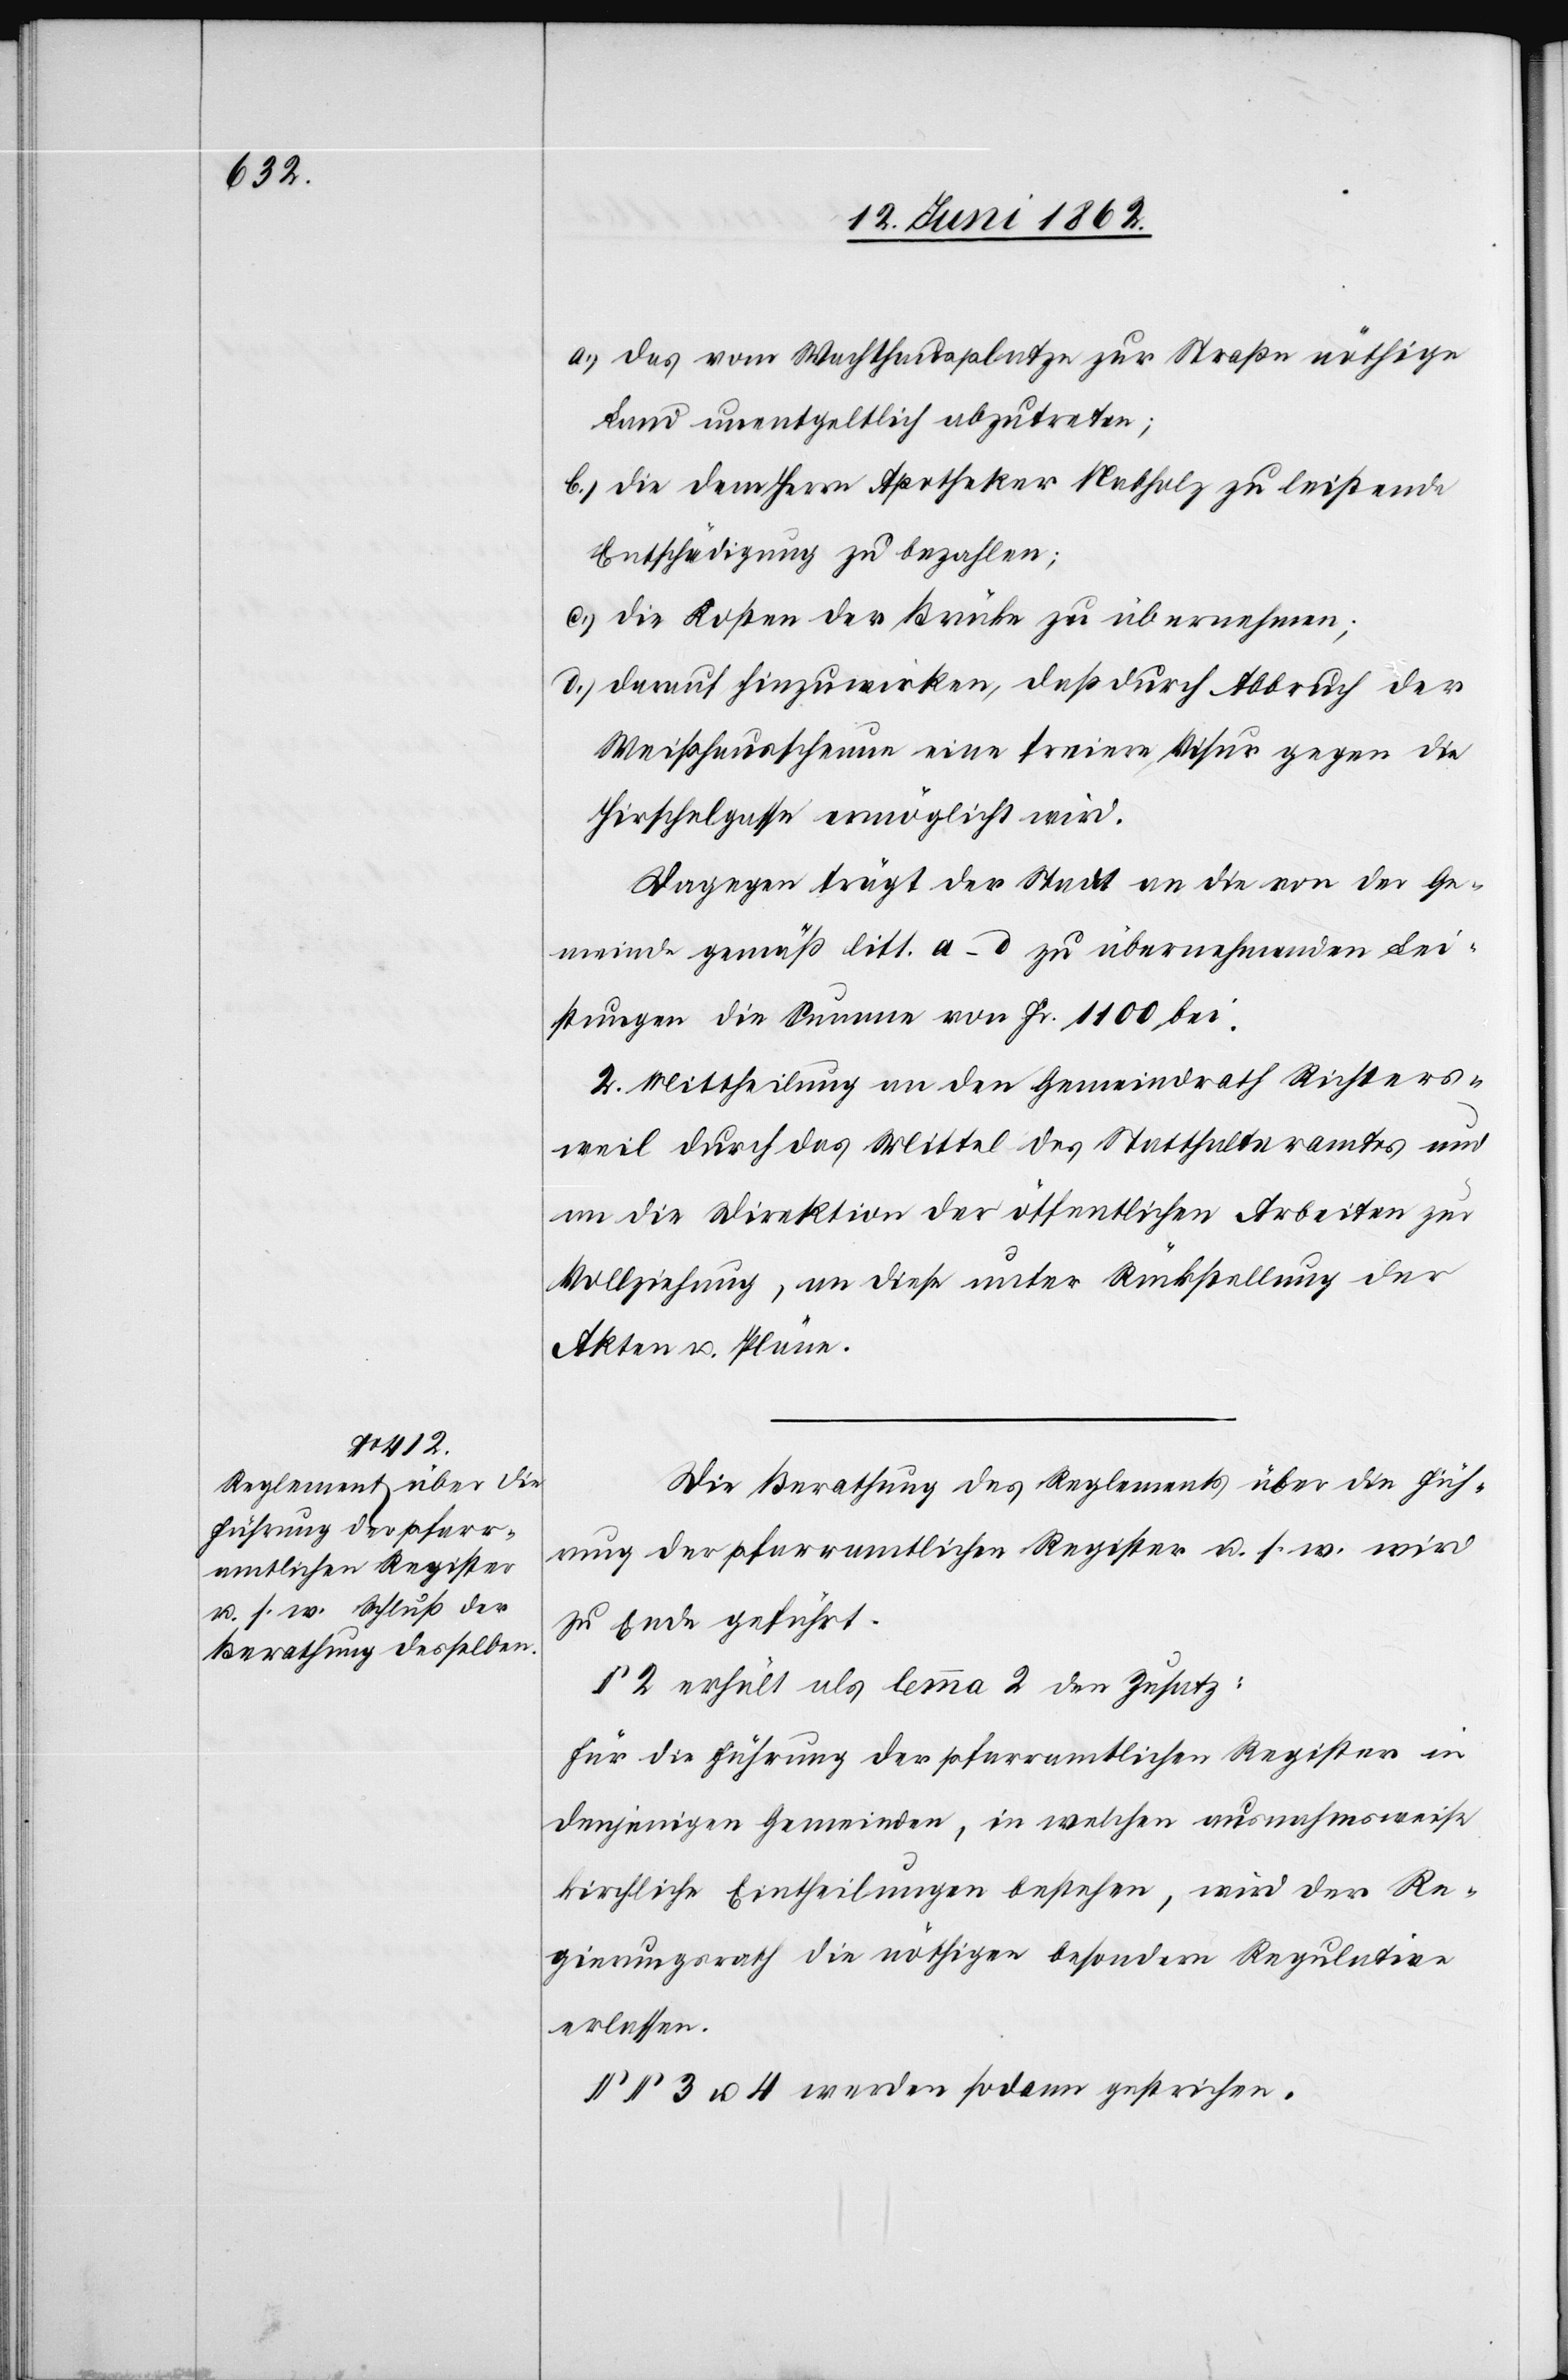
a) das vom Wachthausplatze zur Straße nöthige
Land unentgeltlich abzutreten;
b) die dem Herrn Apotheker Nabholz zu leistende
Entschädigung zu bezahlen;
c) die Kosten der Brücke zu übernehmen;
d) darauf hinzuwirken, daß durch Abbruch der
Weißhausscheune eine freiere Visur gegen die
Hirschelgasse ermöglicht wird.
Dagegen trägt der Stadt [recte: Staat] an die von der Ge¬
meinde gemäß litt. a–d zu übernehmenden Lei¬
stungen die Summe von Fr. 1100 bei.
2. Mittheilung an den Gemeindrath Richters¬
weil durch das Mittel des Statthalteramtes und
an die Direktion der öffentlichen Arbeiten zur
Vollziehung, an diese unter Rückstellung der
Akten u. Pläne.
Die Berathung des Reglements über die Füh¬
rung der pfarramtlichen Register u. s. w. wird
zu Ende geführt.
§ 2 erhält als Lemma 2 den Zusatz:
Für die Führung der pfarramtlichen Register in
denjenigen Gemeinden, in welchen ausnahmsweise
kirchliche Eintheilungen bestehen, wird der Re¬
gierungsrath die nöthigen besondern Regulative
erlassen.
§§ 3 u. 4 werden sodann gestrichen